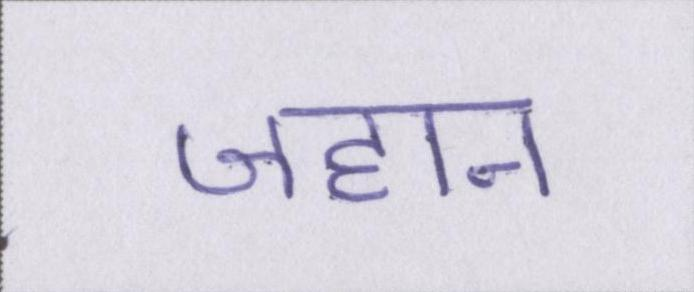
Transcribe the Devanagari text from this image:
जहान